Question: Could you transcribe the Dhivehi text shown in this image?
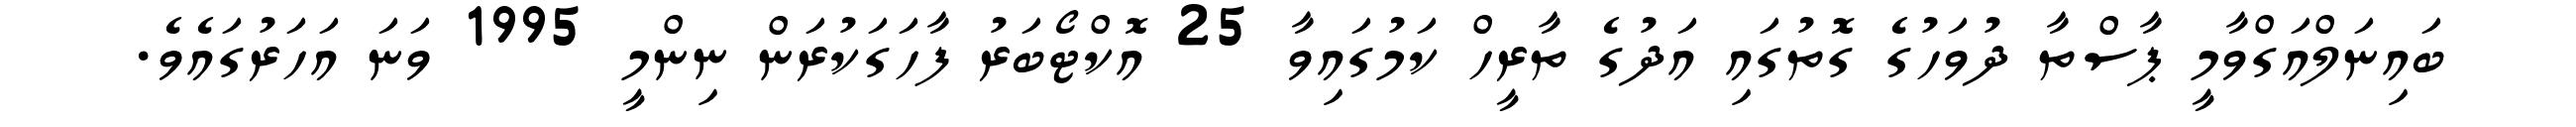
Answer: ބައިނަލްއަގްވާމީ ޕާސްތާ ދުވަހުގެ ގޮތުގައި އަދުގެ ތާރީހް ކަމުގައިވާ 25 އޮކްޓޯބަރު ފާހަގަކުރަން ނިންމީ 1995 ވަނަ އަހަރުގައެވެ.